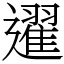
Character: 䢰